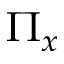
\Pi _ { x }